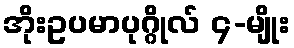
အိုးဥပမာပုဂ္ဂိုလ် ၄-မျိုး